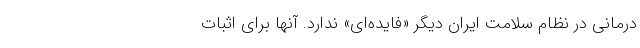
درمانی در نظام سلامت ایران دیگر «فایده‌ای» ندارد. آنها برای اثبات